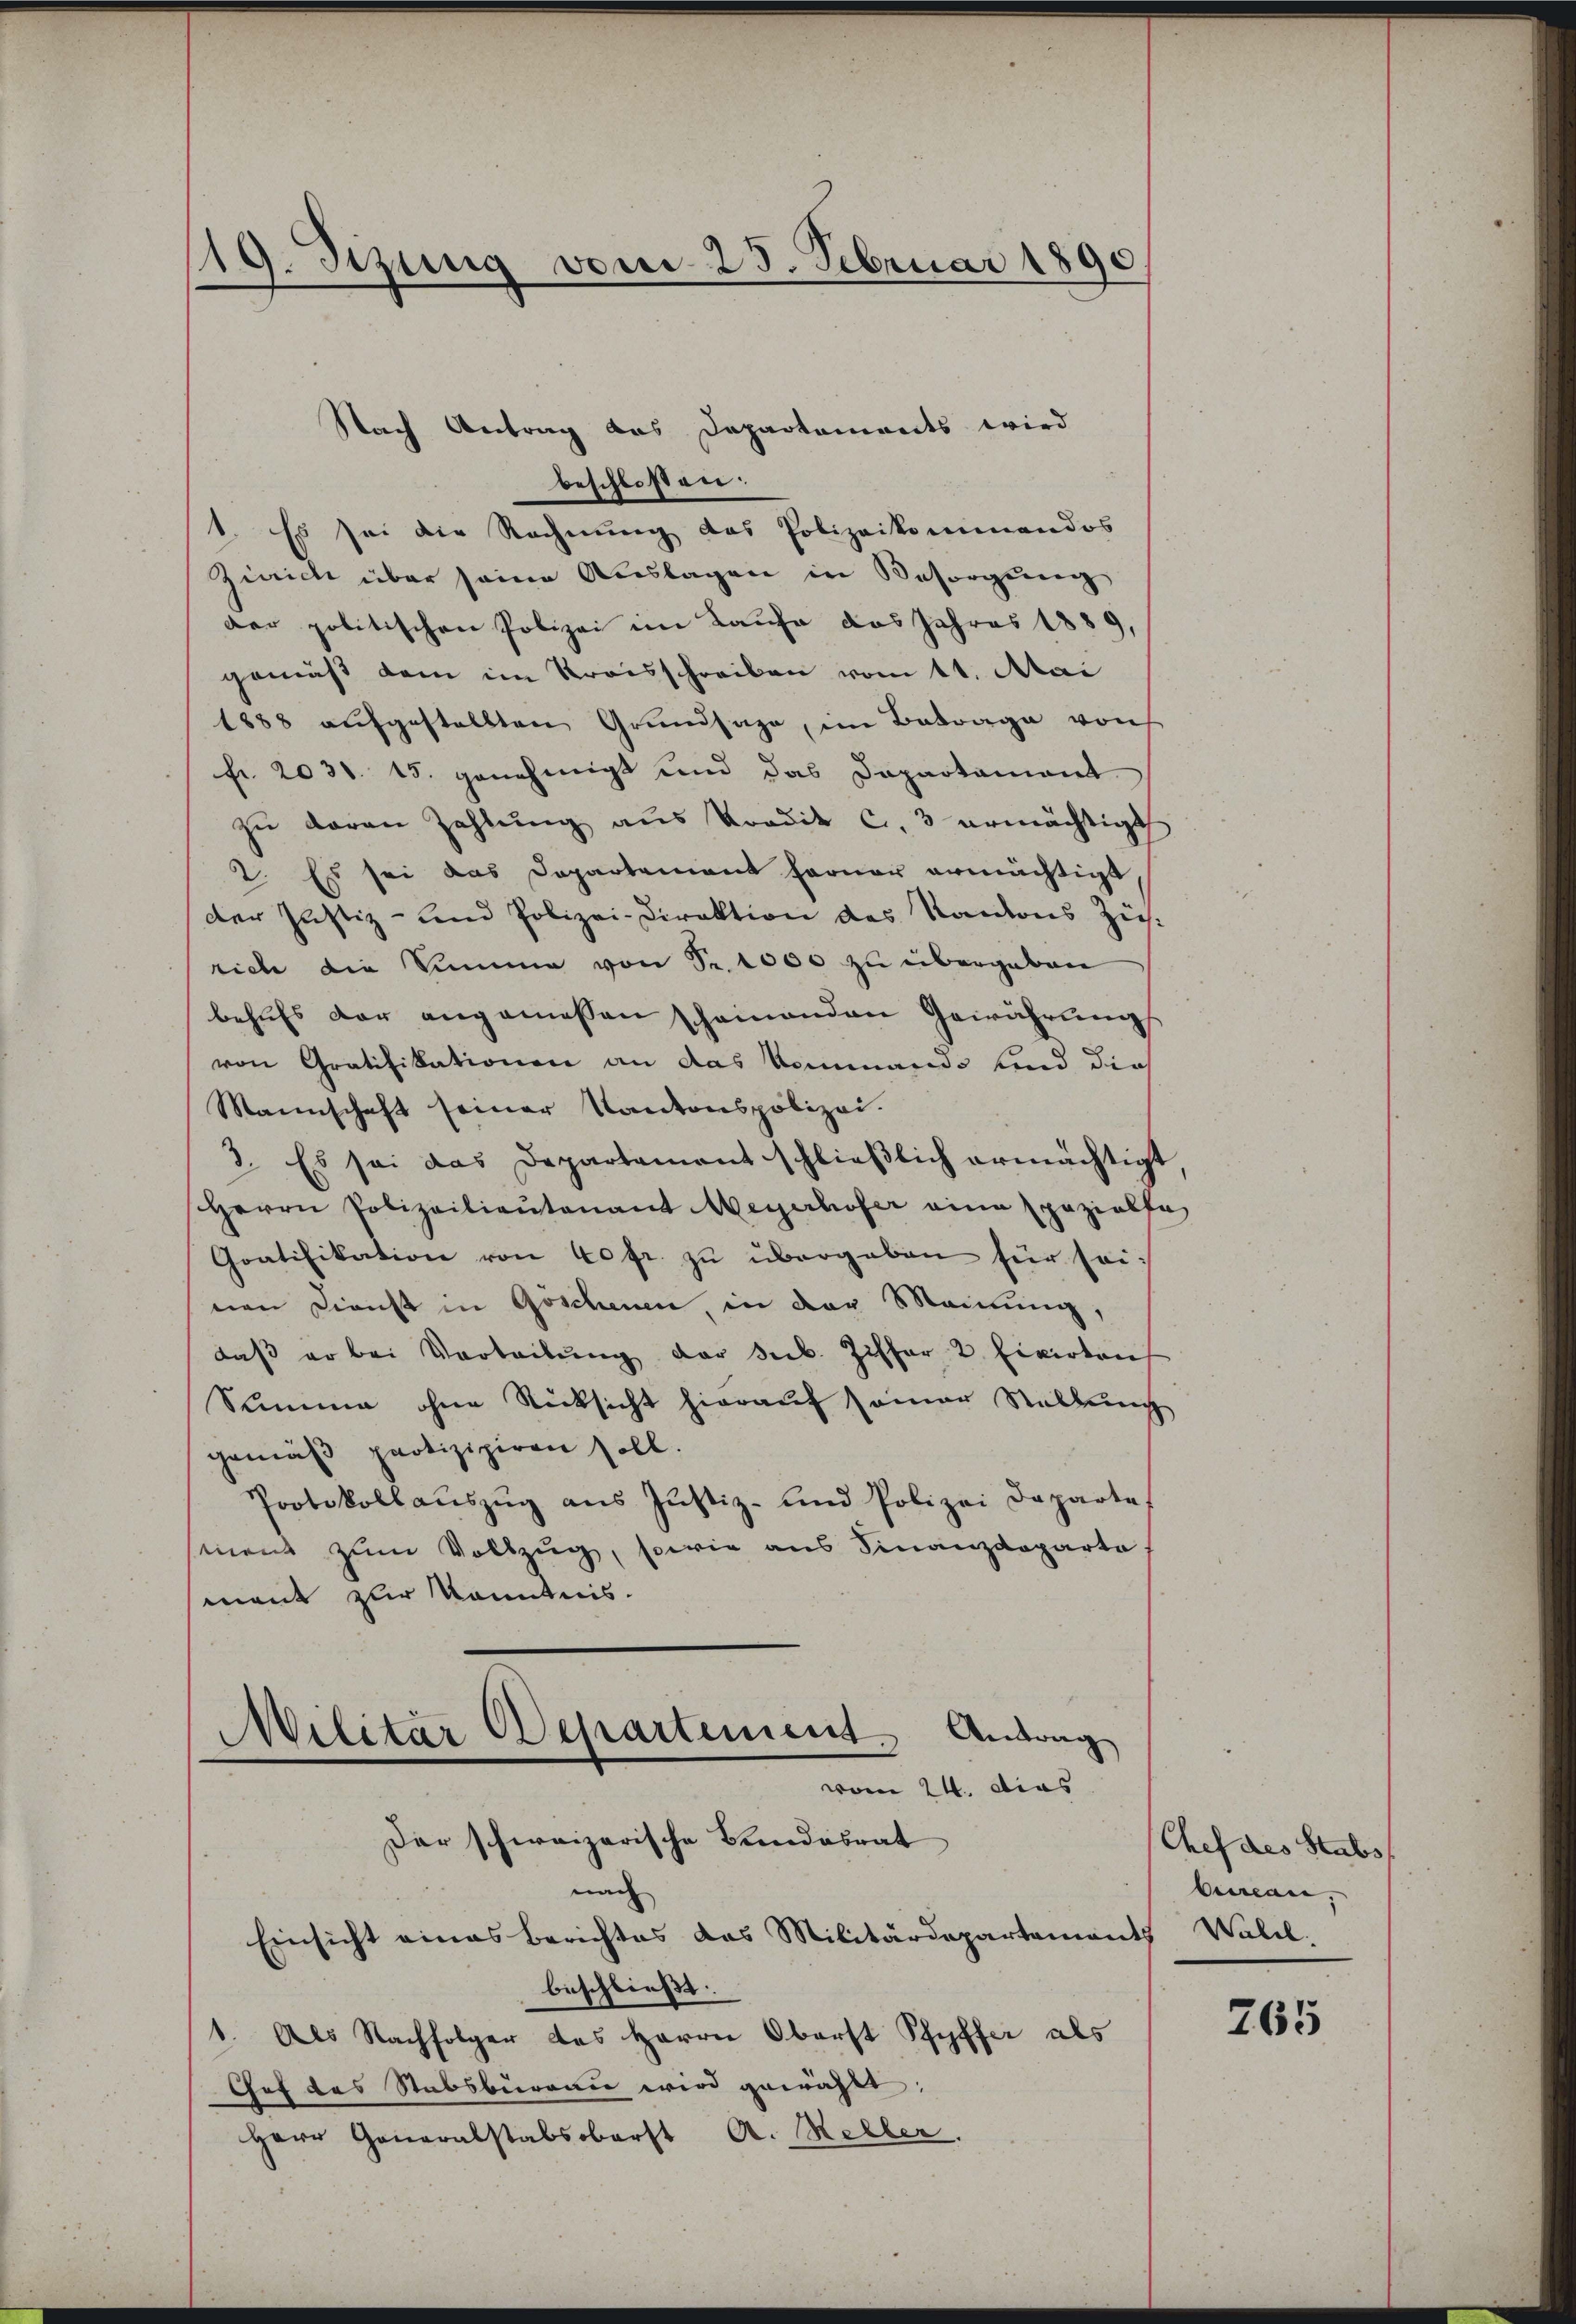
119. Sizung vom 25. Februar 1890

Nach Antrag des Departements wird
beschlossen:
1. Es sei die Rechnung des Polizeikommandos
Zürich über seine Auslagen in Besorgung
der politischen Polizei im Kaufe das Jahres 1889,
gemäß dem im Kreisschreiben vom 11. Mai
1888 aufgestellten Grundsage, im Betrage von
fr. 2031. 15. genehmigt und das Dapartament
zŭ daran Zahlŭng aŭs Pordit ca. 3 ermächtigt
2. Es sei das Departement ferner ermächtigt
der Justiz- und Polizei-Direktion des Kantons Züch-
rich die Summe von Sr. 1000 zu übergeben
behŭfs der angemessen scheinenden Gewährŭng
von Gratifikationen an das Nommando und dies
Mannschaft seiner Kantonspolizei.
3. Es sei das Departement schließlich ermächtigt
Herrn Polizeilieutenant Meyerhofer eine spezialfi
Gratifikation von 40fr. zu übergeben für seinen Dienst in Göschenen, in der Meinung,
daβ er bei Vorteilŭng der Seb. Ziffer 2. Einirtent
Summe ohne Rücksicht hierauf seiner Stellung
gemäß partizipieren soll.
Protokollaŭszŭg aŭs Justiz- und Polizei Departe
sinen zum Vollzug, sowie aus Finanzdeparta
mant zur Kenntnis.
Militar Departement. Antrag
vom 24. dies
Der schweizerische Bundesrat
nach
Einsicht eines Berichtes das Militärdepartements Wald.
beschließt:
1. Als Nachfolger des Herrn Oberst Pfyffer als
Gef des Stabsburgau wird gewählt;
Herr Generalstabsoberst A. Meller.

Chef des Stabs
Aiwan,

265